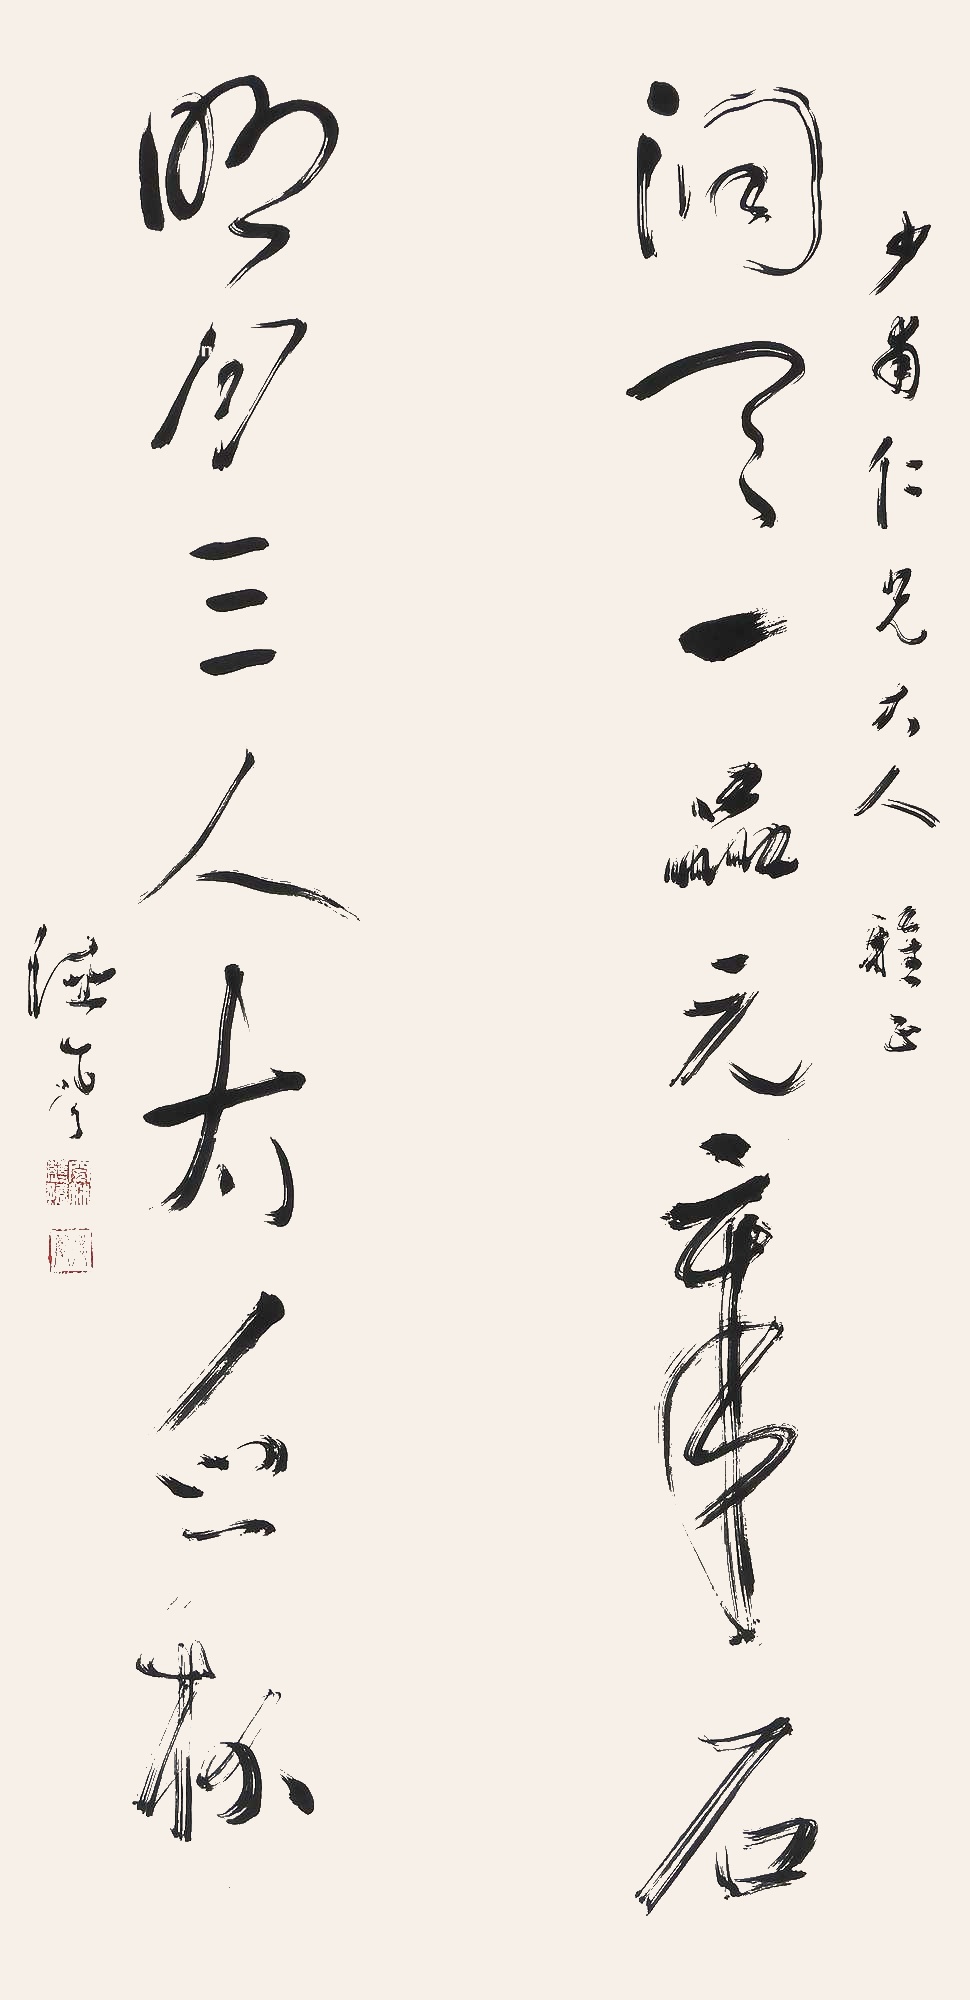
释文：洞天一品元章石，明月三人太白杯。少甫仁兄大人雅正，德风。